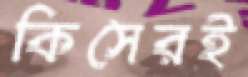
কিসেরই